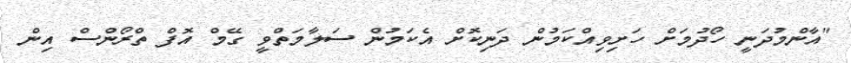
"އާންމުދަނީ ހޯދުމަށް ހަށިވިއްކަމުން ދަނިކޮށް އެކަމުން ސަލާމަތްވީ ގޭމް އޮފް ތްރޯންސް އިން